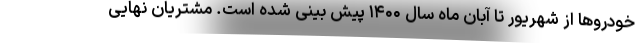
خودروها از شهریور تا آبان ماه سال ۱۴۰۰ پیش بینی شده است. مشتریان نهایی